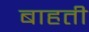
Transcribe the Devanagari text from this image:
बाहती